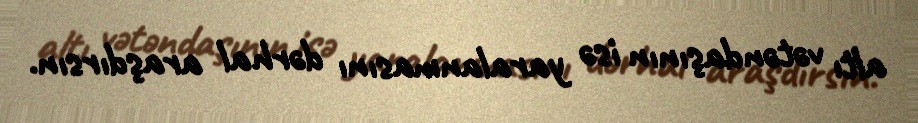
altı vətəndaşının isə yaralanmasını dərhal araşdırsın.